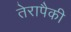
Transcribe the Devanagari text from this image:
तेरापैकी